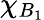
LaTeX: \chi_{B_{1}}